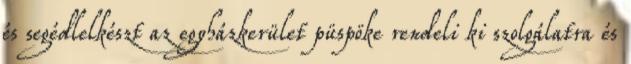
és segédlelkészt az egyházkerület püspöke rendeli ki szolgálatra és